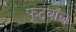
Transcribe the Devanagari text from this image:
फूट्बॉल